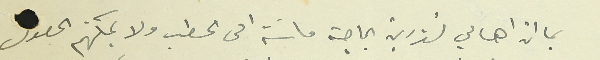
بما ان اهالي تنوبين بحاجة ماسَة الى الحطب ولا يمكنهم الحصول